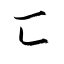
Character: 匸